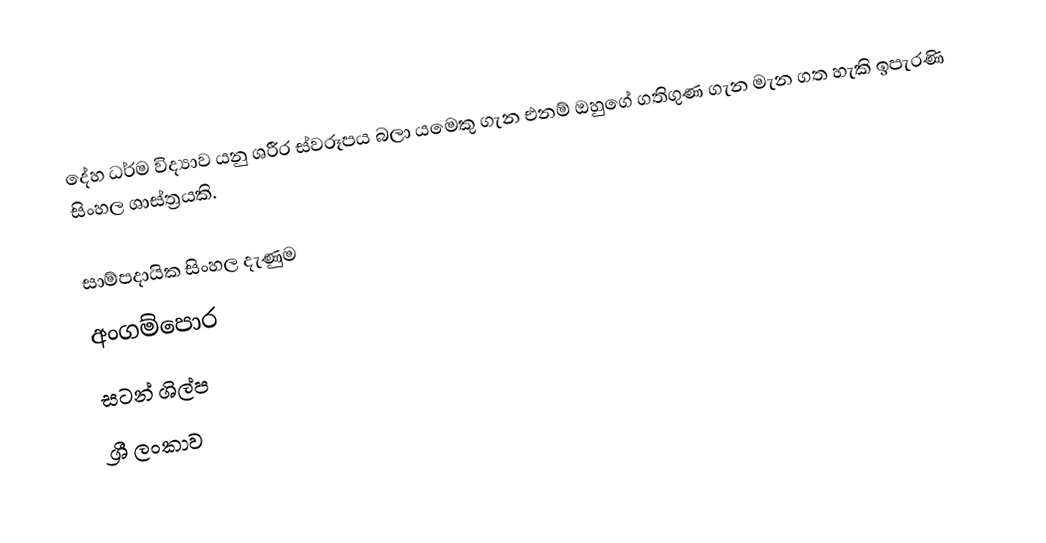
දේහ ධර්ම විද්‍යාව යනු ශරීර ස්වරූපය බලා යමෙකු ගැන එනම් ඔහුගේ ගතිගුණ ගැන මැන ගත හැකි ඉපැරණි සිංහල ශාස්ත්‍රයකි.

සාම්පදායික සිංහල දැණුම
අංගම්පොර
සටන් ශිල්ප
ශ්‍රී ලංකාව